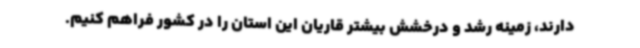
دارند، زمینه رشد و درخشش بیشتر قاریان این استان را در کشور فراهم کنیم.